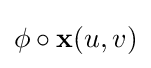
\phi \circ \mathbf {x} (u,v)